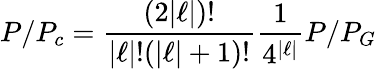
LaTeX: P/P_{c}=\frac{(2\vert\ell\vert)!}{\vert\ell\vert!(\vert\ell\vert+1)!}\frac{1}{4^{\vert\ell\vert}}P/P_{G}